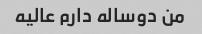
من دوساله دارم عالیه